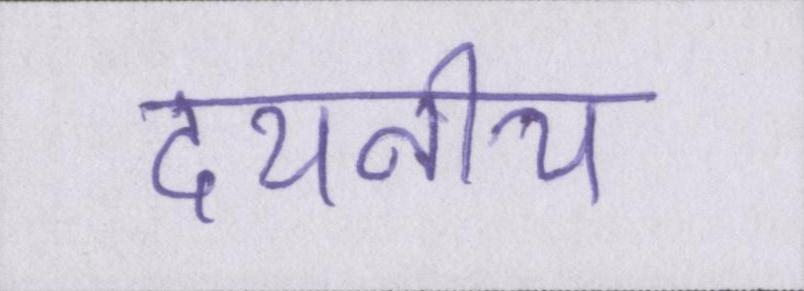
दयनीय